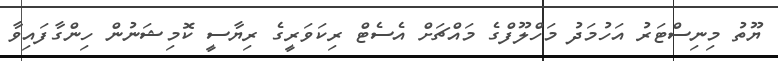
ޔޫތު މިނިސްޓަރު އަހުމަދު މަހްލޫފްގެ މައްޗަށް އެސެޓް ރިކަވަރީގެ ރިޔާސީ ކޮމިޝަނުން ހިންގާފައިވާ